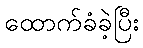
ထောက်ခံခဲ့ပြီး